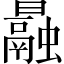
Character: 曧